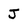
Character: j